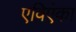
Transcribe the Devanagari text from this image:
एविएंका